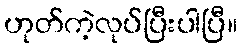
ဟုတ်ကဲ့လုပ်ပြီးပါပြီ။